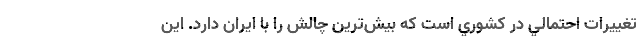
تغييرات احتمالي در كشوري است كه بيش‌ترين چالش را با ايران دارد. اين